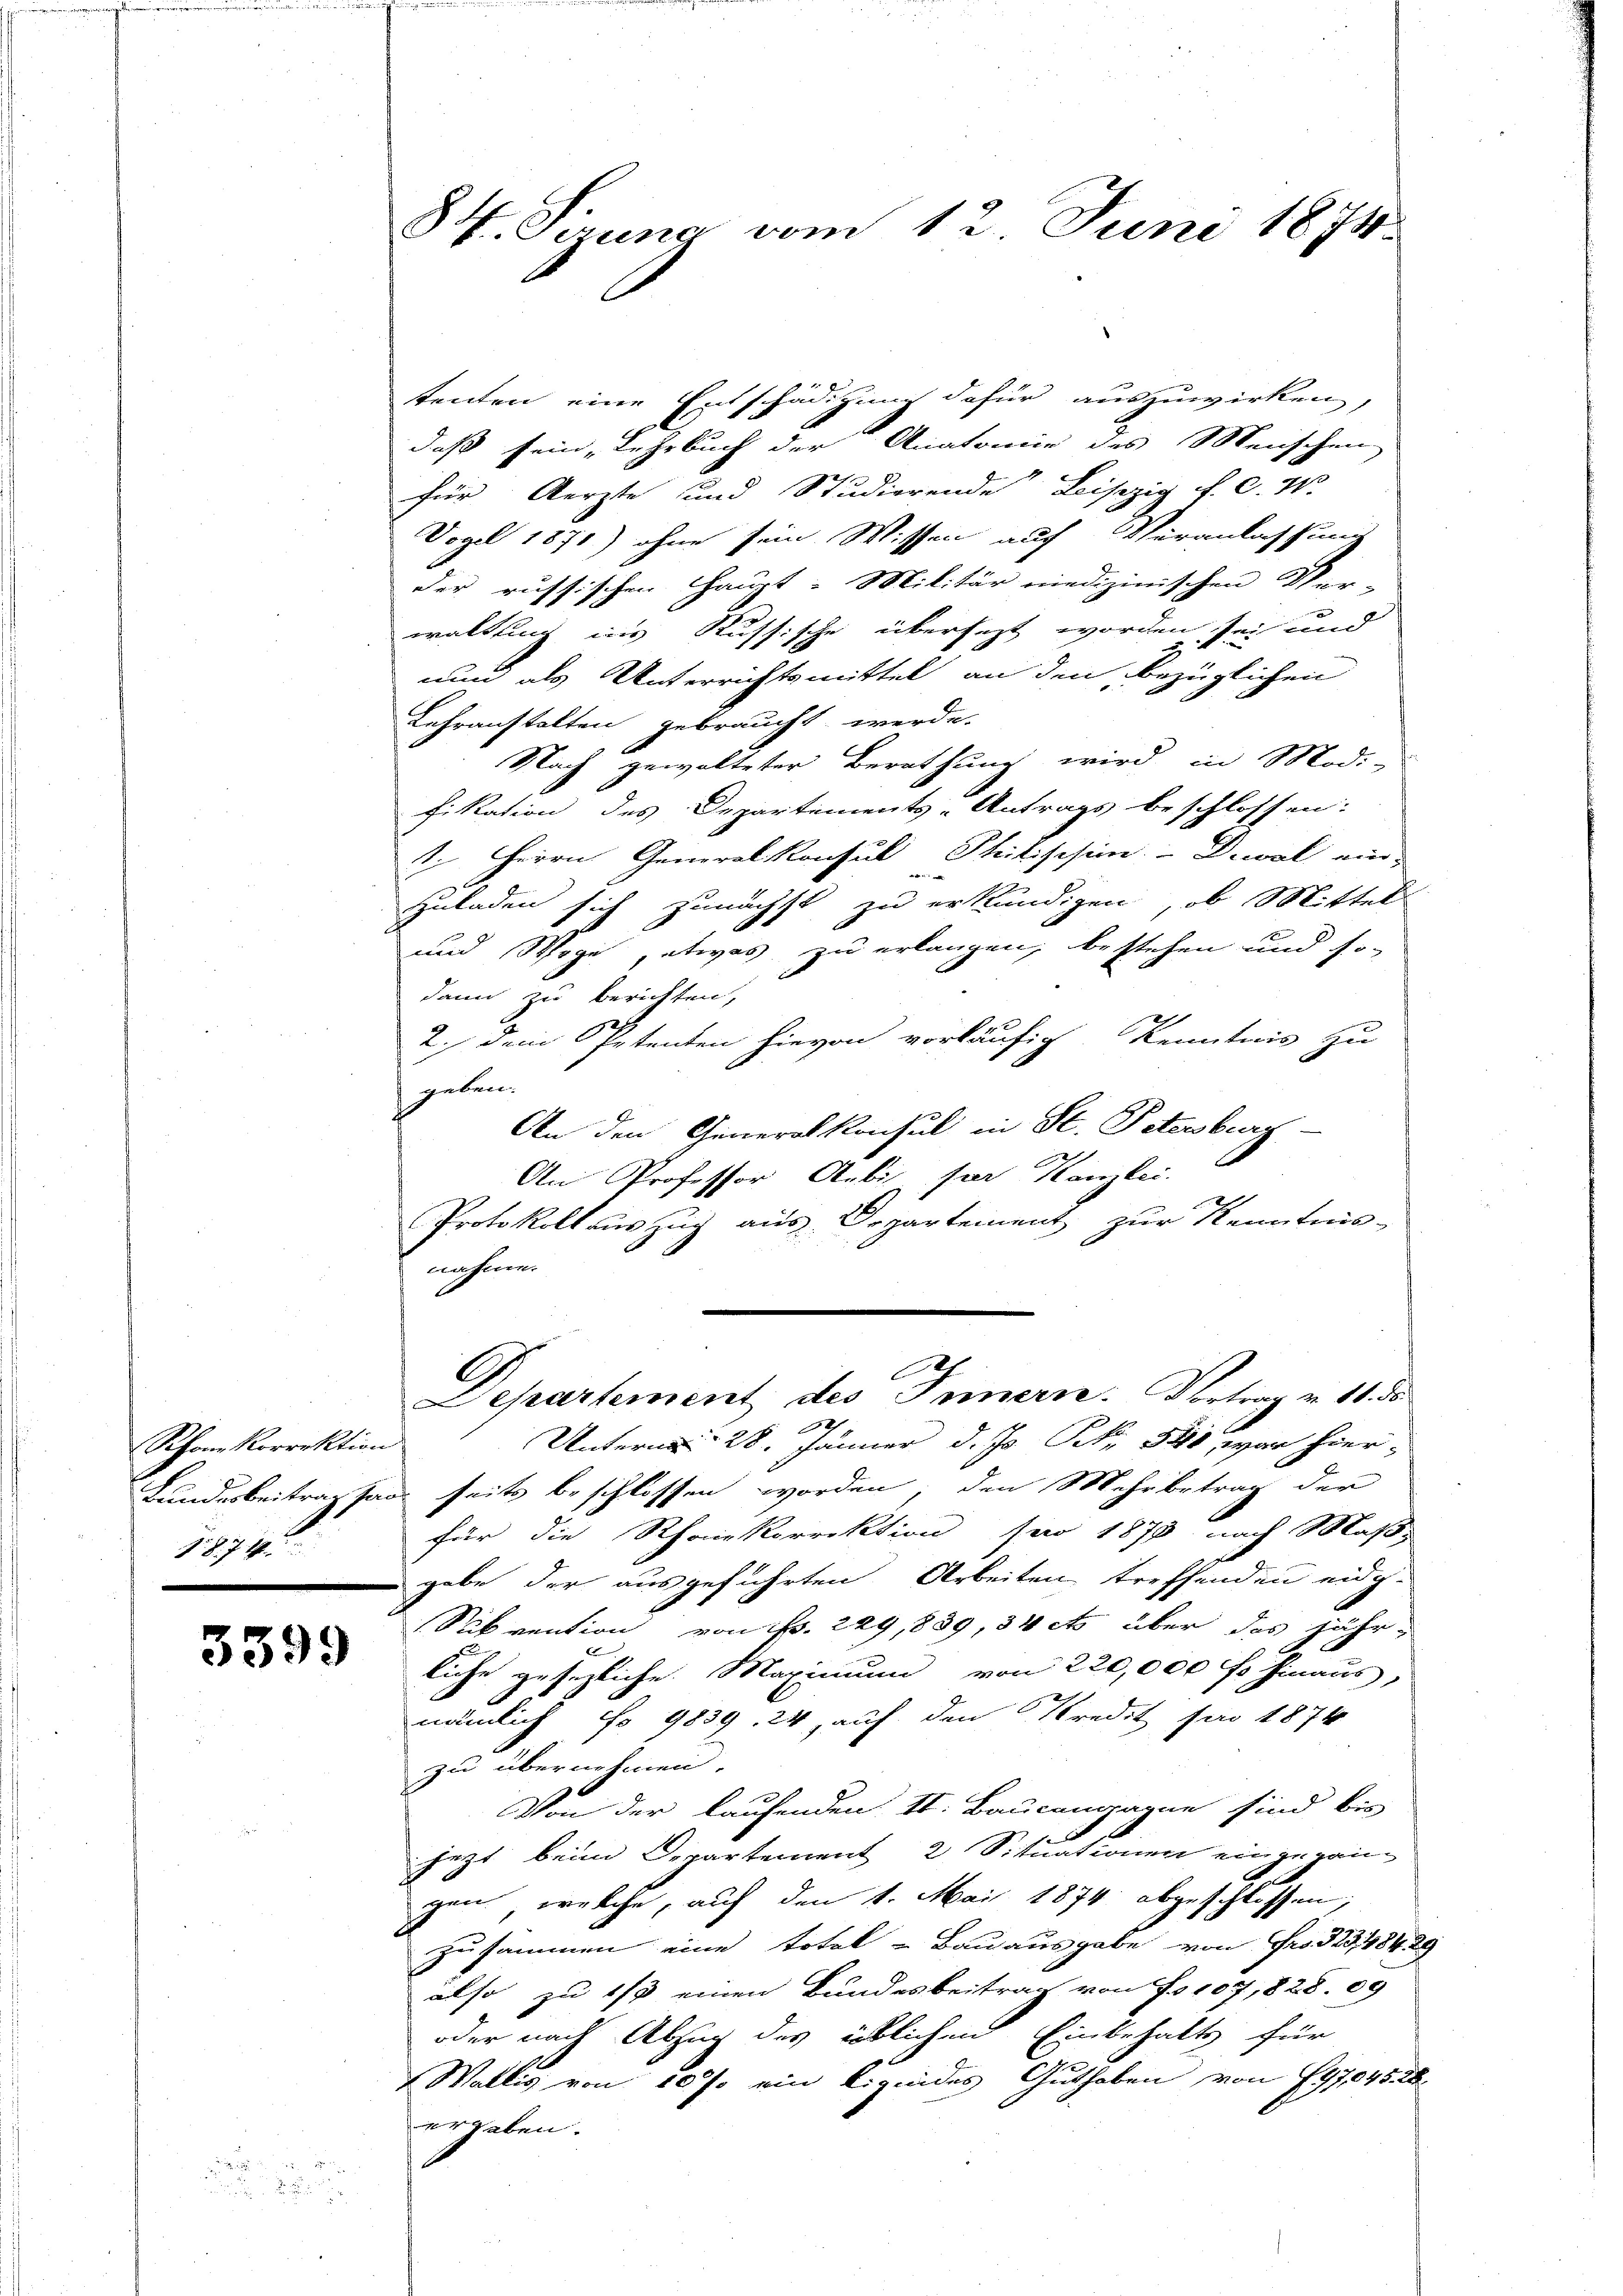
Rhone Korrektion
78. 74.

3399

84. Sirung vom 12. Juni 1874.

tenten eine Entschädigung dafür auszuwirken,
daß sein, Lehrbuch der Anatomie des Menschen
für Aerzte und Studierende Leiszig f. C. W.
Vogel 1871) ohne sein Wissen auf Veranlassung
der russischen Haupt-Militär medizinischen Ver-
waltung ins Russische übersezt worden sei und
unn als Unterrichtsmittel an den bezüglichen
Lehranstalten gebraucht werde.
Nach gewalteter Berathung wird in Modi-
fikation des Departements-Antrags beschlossen:
1. Herrn Generalkonsul Philischein Diwal ein-
zuladen sich zunächst zu erkundigen, ob Mittel
und Wege, etwas zu erlangen, bestehen und so
dann zu berichten,
2.) Dem Petenten hievon vorläufig Kenntnis zu
geben.
An den Generalkonsul in St. Petersburg-
An Professor Anbis, par Kanzlei.
Protokoll aŭszŭg aŭs Departement zŭr Kenntnis-
nahme.
G
Departement des Innern. Vortrag v. 11. ds
2
Unterm 28. Jänner d. Js. N. 580, war hier,
Kundesbeitrag an seits beschlossen worden, den Mehrbetrag der
für die Rhonkorrektion pro 1878 nach Maß-
gabe der ausgeführten Arbeiten treffenden eidg.
Subvention von Nr. 229,889, 34 ets über das jährx
A
liche gesezliche Maximum von 220,000 fl hinaus,
nämlich No 9839. 24, auf den Predit für 1874
zu übernehmen.
Von der laufenden St. Baucangagne sind bis
jetzt beim Departement 2 Situationen eingegang
gen welche, auf den 1. Mai 1874 abgeschlossen,
zusammen eine totel - Bauausgabe von Fr. 32348429
also zu 1/3 einen Bundesbeitrag von Fr. 107,828. 09
oder nach Abzug des üblichen Einbehalts für
Wallis von 10 % ein Lireides Guthaben von 797,045. 28
ergaben.